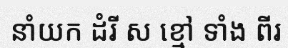
នាំយក ដំរី ស ខ្មៅ ទាំង ពីរ